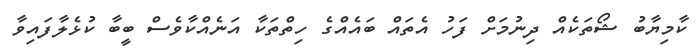
ކާމިޔާބު ޝޯތަކެއް ދިނުމަށް ފަހު އެތައް ބައެއްގެ ހިތްތަކާ އަނެއްކާވެސް ބީބާ ކުޅެލާފައިވާ